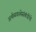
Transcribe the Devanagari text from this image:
अर्थव्यवस्थेसंबंधीचे